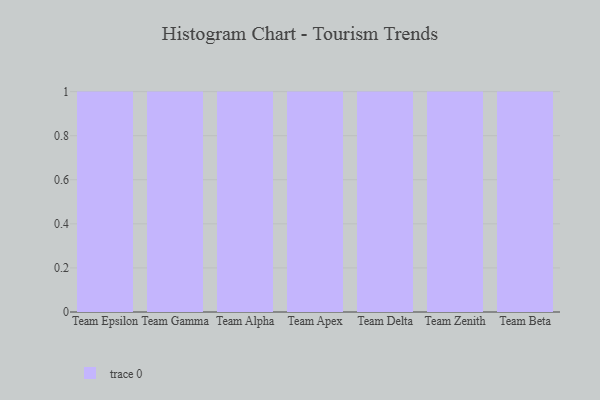
{"axis": {"x": "Team", "y": "Net Income (USD K)"}, "legend": [""], "data": [{"x": "Team Epsilon", "y": 20, "type": ""}, {"x": "Team Gamma", "y": 36, "type": ""}, {"x": "Team Alpha", "y": 69, "type": ""}, {"x": "Team Apex", "y": 98, "type": ""}, {"x": "Team Delta", "y": 42, "type": ""}, {"x": "Team Zenith", "y": 90, "type": ""}, {"x": "Team Beta", "y": 40, "type": ""}]}